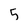
Character: 5